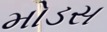
મોડસ